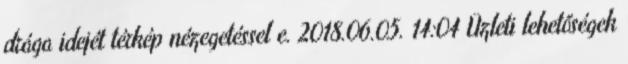
drága idejét térkép nézegetéssel e. 2018.06.05. 14:04 Üzleti lehetőségek